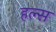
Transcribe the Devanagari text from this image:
हल्स